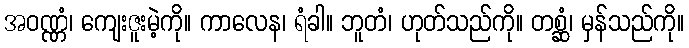
အဝဏ္ဏံ၊ ကျေးဇူးမဲ့ကို။ ကာလေန၊ ရံခါ။ ဘူတံ၊ ဟုတ်သည်ကို။ တစ္ဆံ၊ မှန်သည်ကို။